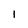
Character: I